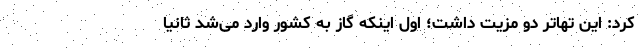
کرد: این تهاتر دو مزیت داشت؛ اول اینکه گاز به کشور وارد می‌شد ثانیاً